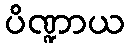
ပိဏ္ဍာယ